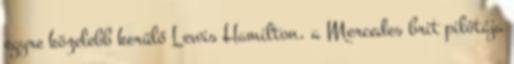
egyre közelebb kerülő Lewis Hamilton, a Mercedes brit pilótája